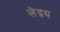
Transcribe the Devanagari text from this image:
लेइथ